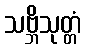
သဗ္ဘိသုတ္တံ